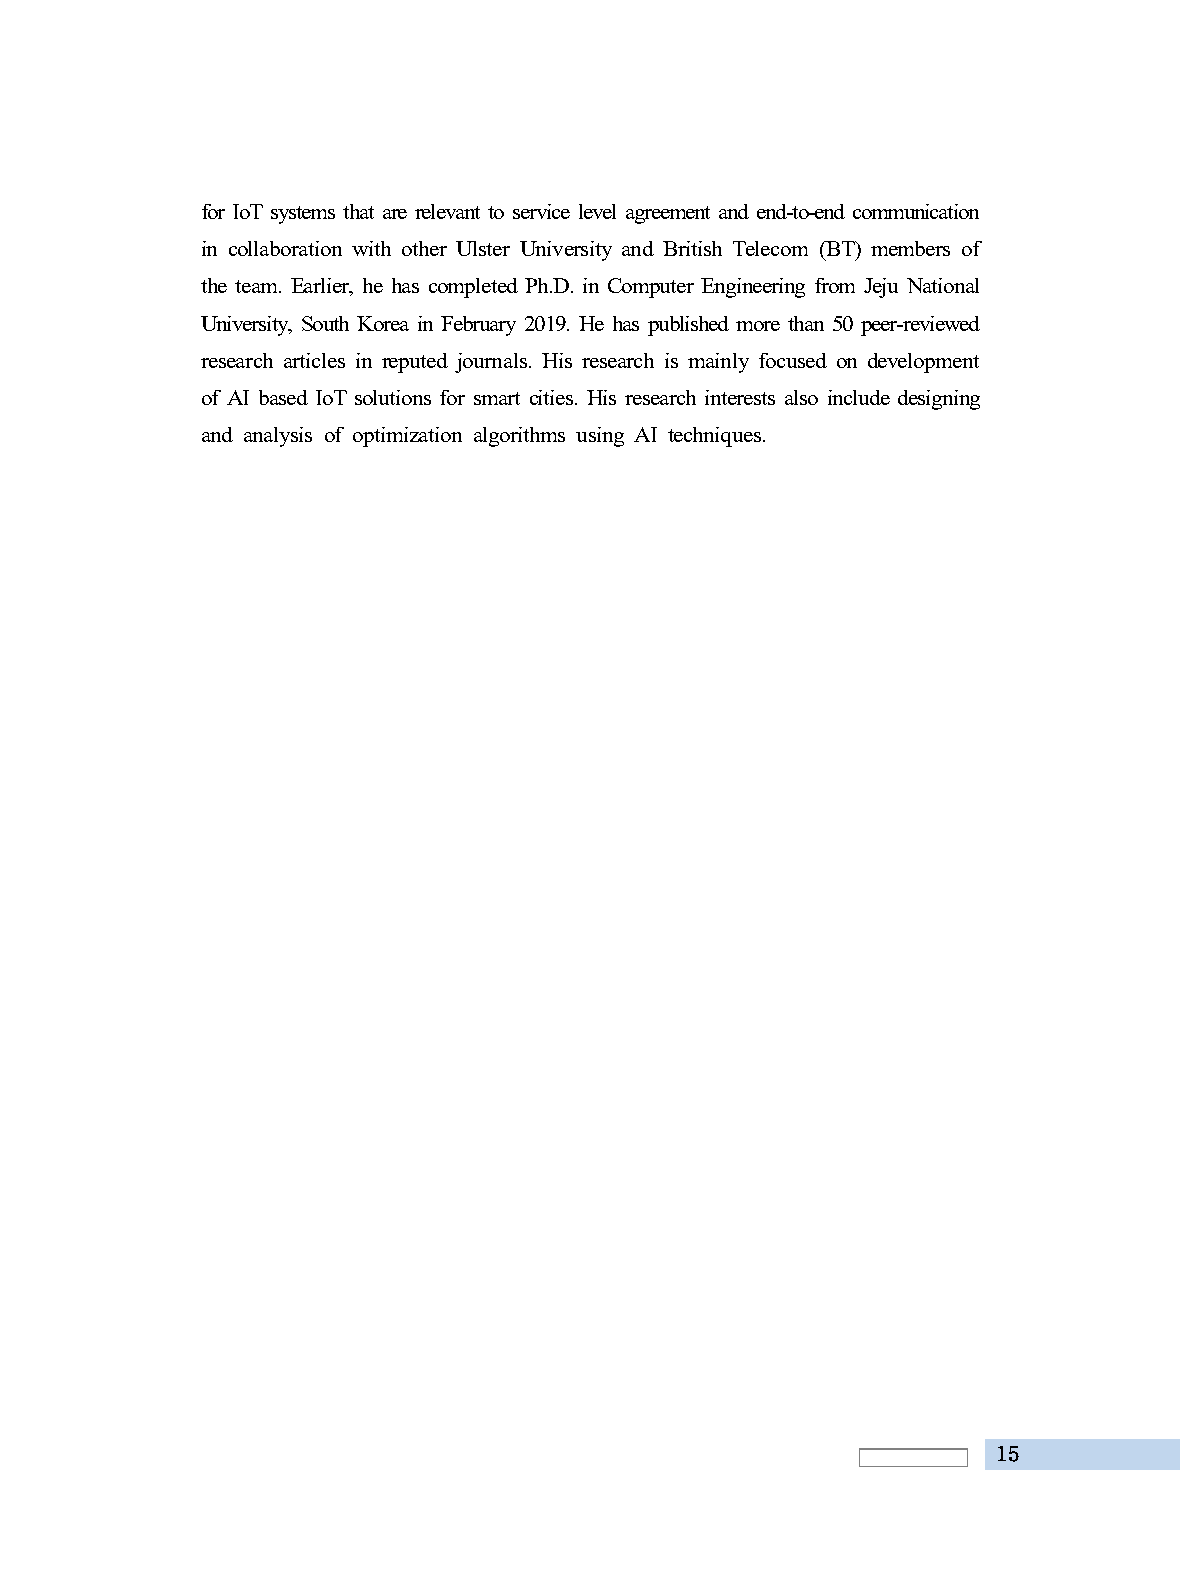
for IoT systems that are relevant to service level agreement and end-to-end communication
 in collaboration with other Ulster University and British Telecom (BT) members of
 the team. Earlier, he has completed Ph.D. in Computer Engineering from Jeju National
 University, South Korea in February 2019. He has published more than 50 peer-reviewed
 research articles in reputed journals. His research is mainly focused on development
 of AI based IoT solutions for smart cities. His research interests also include designing
 and analysis of optimization algorithms using AI techniques.
 15